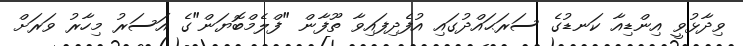
ވިދާޅުވީ އިންޑިއާ ކަނޑުގެ ސަރަޙައްދުގައި އުފެދިފައިވާ ތޫފާން "ފްލެމްބޮޔަން"ގެ އަސަރު މިހާރު ވަރަށް